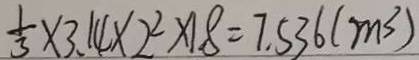
\frac { 1 } { 3 } \times 3 . 1 4 \times 2 ^ { 2 } \times 1 8 = 7 . 5 3 6 ( m ^ { 3 } )